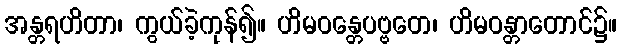
အန္တရဟိတာ၊ ကွယ်ခဲ့ကုန်၍။ ဟိမဝန္တေပဗ္ဗတေ၊ ဟိမဝန္တာတောင်၌။